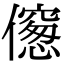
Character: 𠏨